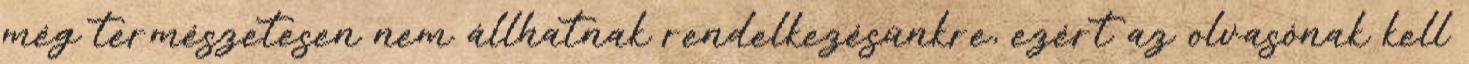
még természetesen nem állhatnak rendelkezésünkre, ezért az olvasónak kell